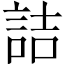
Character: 詰